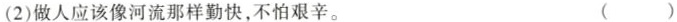
(2)做人应该像河流那样勤快，不怕艰辛。 ( )